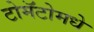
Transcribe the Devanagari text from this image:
टोमॅटोमधे